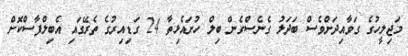
މަޖިލީހުގެ ގަވާއިދަށްވެސް ބަދަލު ގެނެސްގެން ބިލް ހުށައެޅިތާ 24 ގަޑިއިރުގެ ތެރޭގައި އެބިލްފާސްކޮށް